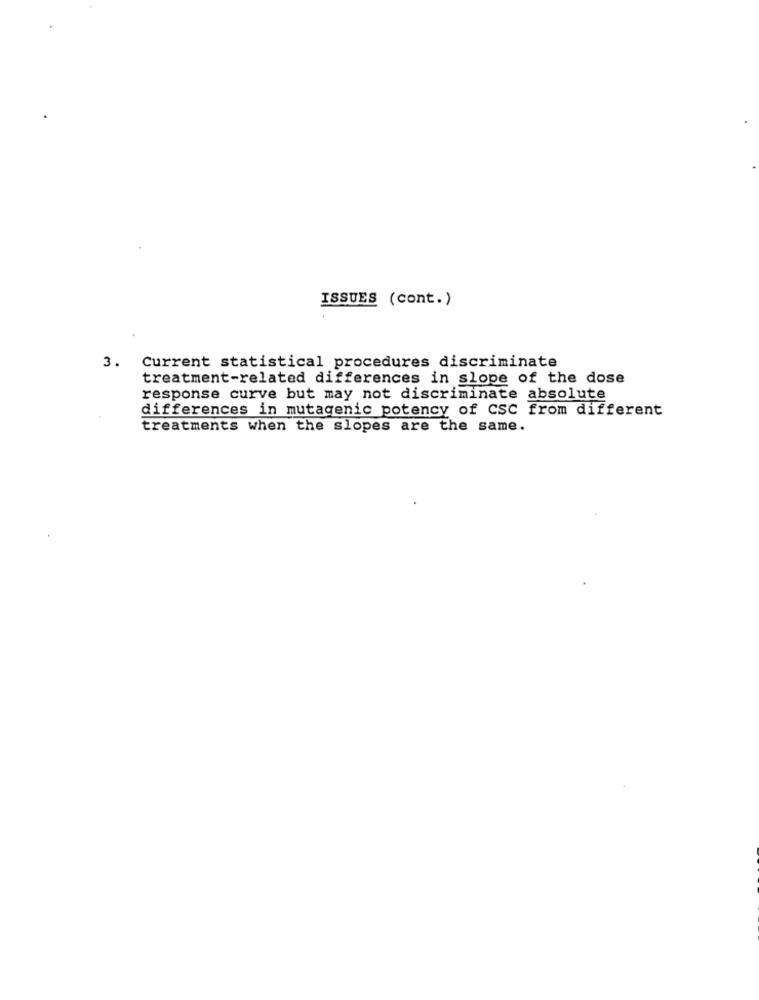
ISSUES (cont.)
3. Current statistical procedures discriminate
treatment-related differences in slope of the dose
response curve but may not discriminate absolute
differences in mutagenic potency of CSC from different
treatments when the slopes are the same.